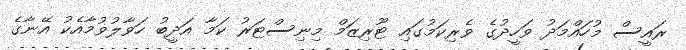
ރައީސް މުހައްމަދު ވަހީދުގެ ވެރިކަމުގައި ޓޫރިޒަމް މިނިސްޓަރު ކަމާ އަދީބު ހަވާލުވުމާއެކު އޭނާގެ